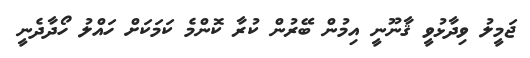
ޖަމީލު ވިދާޅުވީ ޤާނޫނީ އިމުން ބޭރުން ކުރާ ކޮންމެ ކަމަކަށް ހައްލު ހޯދާދެނީ